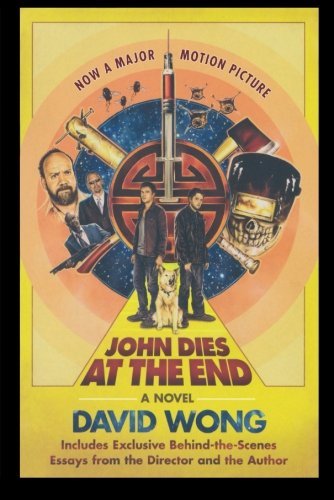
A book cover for John Dies at the End; David Wong; Literature & Fiction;